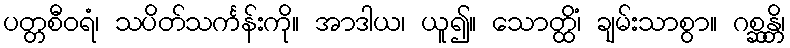
ပတ္တစီဝရံ၊ သပိတ်သင်္ကန်းကို။ အာဒါယ၊ ယူ၍။ သောတ္ထိံ၊ ချမ်းသာစွာ။ ဂစ္ဆန္တိ၊